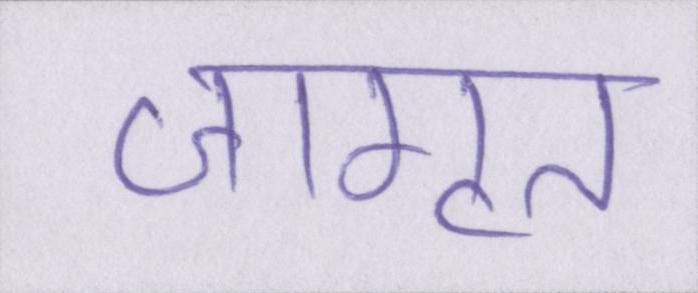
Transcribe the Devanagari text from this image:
जागृत